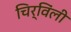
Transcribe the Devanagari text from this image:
चिर्विंली